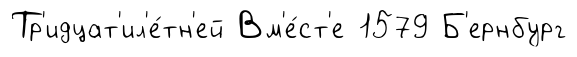
Тр'идцат'ил'е́тн'ей Вм'е́ст'е 1579 Б'ернбург